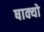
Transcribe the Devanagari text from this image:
षाक्यो